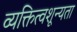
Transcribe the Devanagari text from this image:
व्यक्तित्वशून्यता